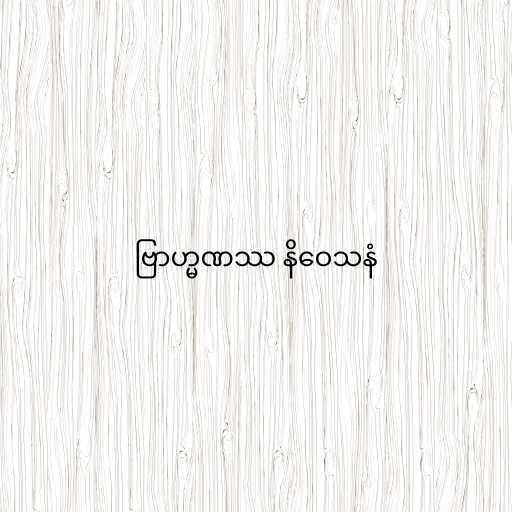
ဗြာဟ္မဏဿ နိဝေသနံ